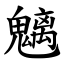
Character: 魑